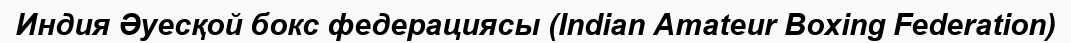
Индия Әуесқой бокс федерациясы (Indian Amateur Boxing Federation)